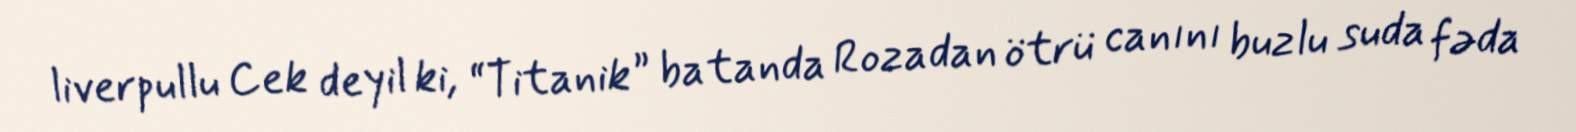
liverpullu Cek deyil ki, “Titanik” batanda Rozadan ötrü canını buzlu suda fəda